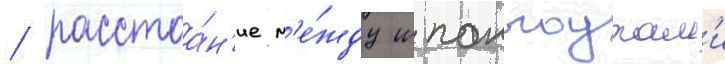
/ расстоа́н'ие м'е́жду шпангоутам'и